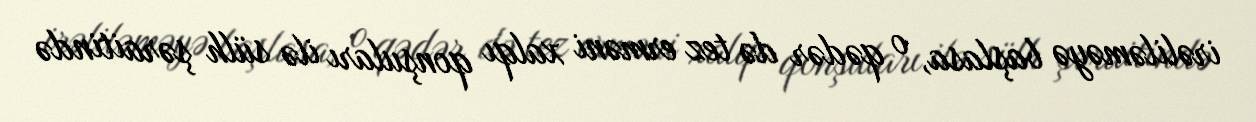
irəliləməyə başlasa, o qədər də tez erməni xalqı qonşuları ilə sülh şəraitində